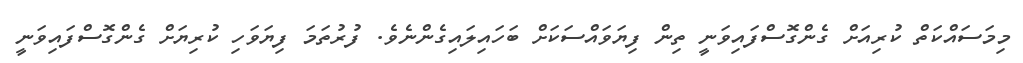
މިމަސައްކަތް ކުރިއަށް ގެންގޮސްފައިވަނީ ތިން ފިޔަވައްސަކަށް ބަހައިލައިގެންނެވެ. ފުރުތަމަ ފިޔަވަހި ކުރިޔަށް ގެންގޮސްފައިވަނީ